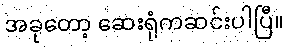
အခုတော့ ဆေးရုံကဆင်းပါပြီ။